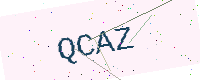
Text: QCAZ